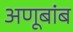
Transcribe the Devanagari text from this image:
अणूबांब